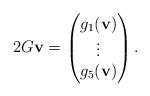
LaTeX: \begin{align*}2G\mathbf{v}=\begin{pmatrix}g_1(\mathbf{v})\\ \vdots \\ g_5(\mathbf{v})\end{pmatrix}.\end{align*}